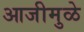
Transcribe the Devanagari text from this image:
आजीमुळे